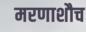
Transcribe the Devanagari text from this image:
मरणाशौच